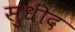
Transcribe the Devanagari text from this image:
सुधींद